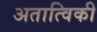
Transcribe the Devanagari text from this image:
अतात्विकी